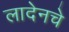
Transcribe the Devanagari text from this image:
लादेनचे